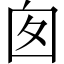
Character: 囱